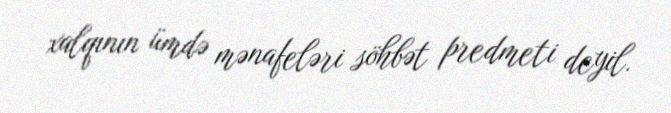
xalqının ümdə mənafeləri söhbət predmeti deyil.